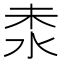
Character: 𣳕